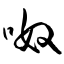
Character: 呶